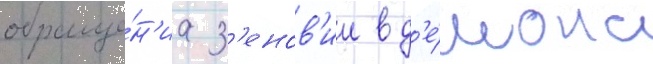
обраще́н'иа з'енов'ии в д'е́мона